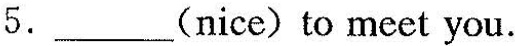
5.___(nice)to meet you。